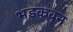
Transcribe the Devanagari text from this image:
भडकवून